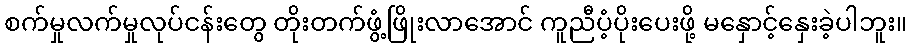
စက်မှုလက်မှုလုပ်ငန်းတွေ တိုးတက်ဖွံ့ဖြိုးလာအောင် ကူညီပံ့ပိုးပေးဖို့ မနှောင့်နှေးခဲ့ပါဘူး။